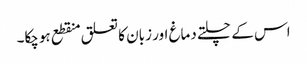
اس کے چلتے دماغ اور زبان کا تعلق منقطع ہوچکا۔